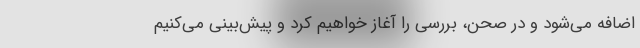
اضافه می‌شود و در صحن، بررسی را آغاز خواهیم کرد و پیش‌بینی می‌کنیم